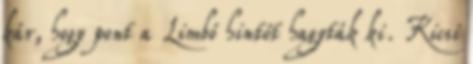
kár, hogy pont a Limbó hintót hagyták ki. Kicsi